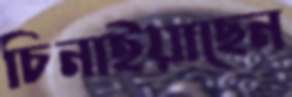
চিনাইয়াছেন